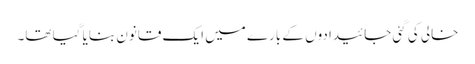
خالی کی گئی جائیدادوں کے بارے میں ایک قانون بنایا گیا تھا۔